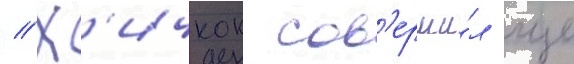
// Х'ичкок сов'ерши́л еще